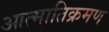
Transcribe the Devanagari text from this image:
आत्मातिक्रमण